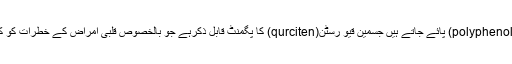
سیب، ناشپاتی اور پیاز میں قوی قسم کے پولی فینولس(polyphenols) پائے جاتے ہیں جسمین قیو رسٹن(qurciten) کا پگمنٹ قابل ذکرہے جو بالخصوص قلبی امراض کے خطرات کو کم کرتا ہے نیز یہ مانع سرطان اوصاف کا حامل ہوتا ہے۔